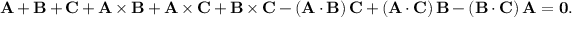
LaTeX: \bf { A } + \bf { B } + \bf { C } + \bf { A } \times \bf { B } + \bf { A } \times \bf { C } + \bf { B } \times \bf { C } - ( \bf { A } \cdot \bf { B } ) \, \bf { C } + ( \bf { A } \cdot \bf { C } ) \, \bf { B } - ( \bf { B } \cdot \bf { C } ) \, \bf { A } = 0 .